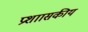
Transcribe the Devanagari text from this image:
प्रशाासकीय